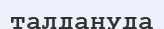
талдануда